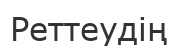
Реттеудің